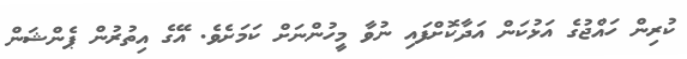
ކުރިން ހައްޖުގެ އަޅުކަން އަދާކޮށްފައި ނުވާ މީހުންނަށް ކަމަށެވެ. އޭގެ އިތުރުން ޕެންޝަން